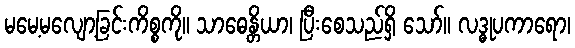
မမေ့မလျော့ခြင်းကိစ္စကို။ သာဓေန္တိယာ၊ ပြီးစေသည်ရှိ သော်။ လဒ္ဓုပကာရော၊